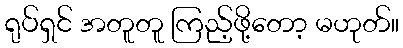
ရုပ်ရှင် အတူတူ ကြည့်ဖို့တော့ မဟုတ်။